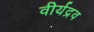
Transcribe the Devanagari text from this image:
वीर्यद्रव